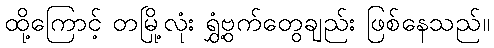
ထို့ကြောင့် တမြို့လုံး ရွှံ့ဗွက်တွေချည်း ဖြစ်နေသည်။